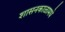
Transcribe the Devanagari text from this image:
शासनकाळामधे